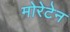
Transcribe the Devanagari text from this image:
मोरेटेन